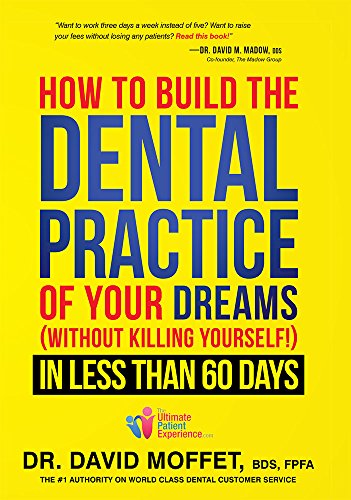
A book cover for How To Build The Dental Practice Of Your Dreams: (Without Killing Yourself!) In Less Than 60 Days; Dr. David Moffet BDS  FPFA; Medical Books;